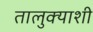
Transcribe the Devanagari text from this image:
तालुक्‍याशी